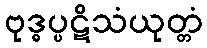
ဗုဒ္ဓပ္ပဋိသံယုတ္တံ